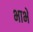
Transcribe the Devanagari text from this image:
भाभे